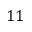
1 1